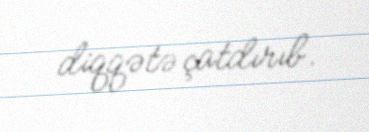
diqqətə çatdırıb.